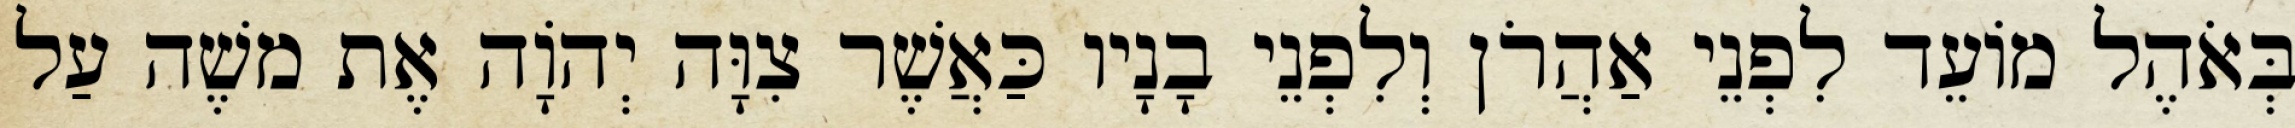
בְּאֹהֶל מוֹעֵד לִפְנֵי אַהֲרֹן וְלִפְנֵי בָנָיו כַּאֲשֶׁר צִוָּה יְהוָֹה אֶת משֶׁה עַל